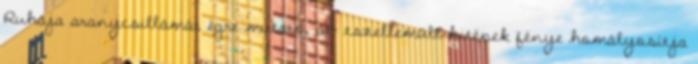
Ruhája aranycsillámát égre mutató, át- tszellemült hitének fénye homályosítja